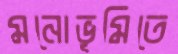
মনোভূমিতে